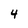
Character: 4